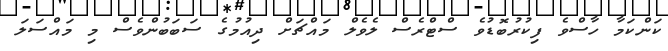
ކަންކަމާ ހާސްވެ ފިކުރުބޮޑުވެ ސްޓްރެސް ލެވެލް މައްޗަށް ދިއުމުގެ ސަބަބުންވެސް މި މައްސަލަ